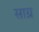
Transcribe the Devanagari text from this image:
साग्र